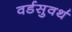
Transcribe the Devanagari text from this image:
वर्डसुवर्थ